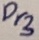
Text: Pr3